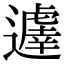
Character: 𨘈